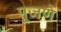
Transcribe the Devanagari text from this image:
पूजणे